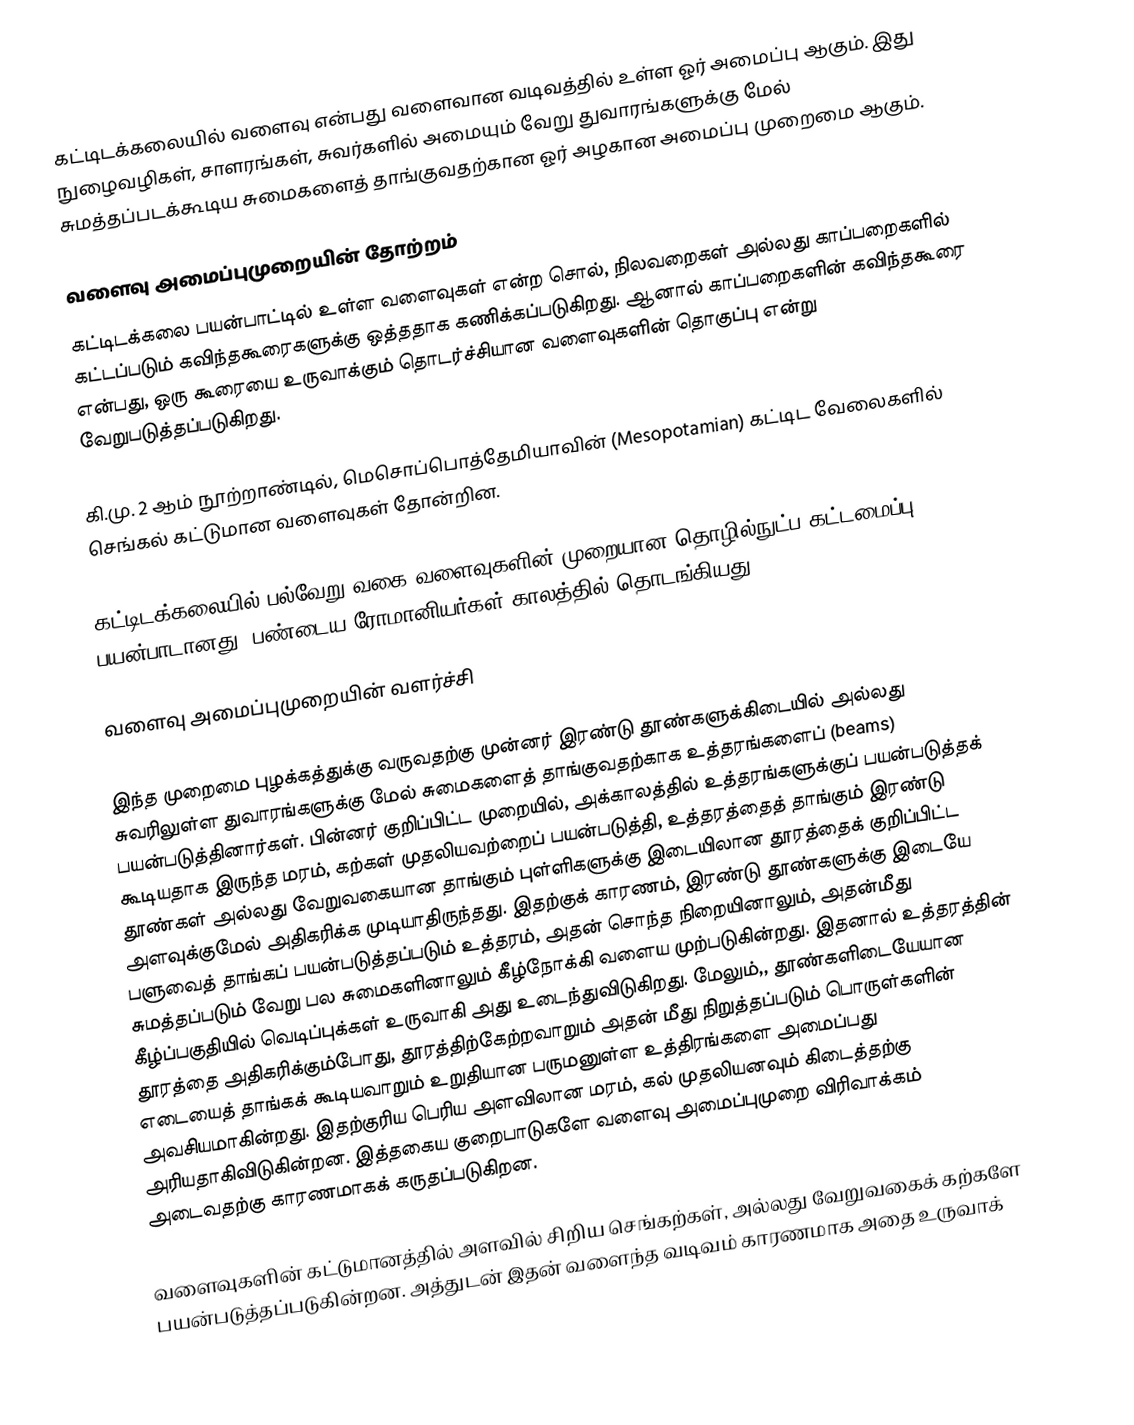
கட்டிடக்கலையில் வளைவு என்பது வளைவான வடிவத்தில் உள்ள ஓர் அமைப்பு ஆகும். இது நுழைவழிகள், சாளரங்கள், சுவர்களில் அமையும் வேறு துவாரங்களுக்கு மேல் சுமத்தப்படக்கூடிய சுமைகளைத் தாங்குவதற்கான ஓர் அழகான அமைப்பு முறைமை ஆகும்.

வளைவு அமைப்புமுறையின் தோற்றம்
கட்டிடக்கலை பயன்பாட்டில் உள்ள வளைவுகள் என்ற சொல், நிலவறைகள் அல்லது காப்பறைகளில் கட்டப்படும் கவிந்தகூரைகளுக்கு ஒத்ததாக கணிக்கப்படுகிறது. ஆனால் காப்பறைகளின் கவிந்தகூரை என்பது, ஒரு கூரையை உருவாக்கும் தொடர்ச்சியான வளைவுகளின் தொகுப்பு என்று வேறுபடுத்தப்படுகிறது.

கி.மு. 2 ஆம் நூற்றாண்டில், மெசொப்பொத்தேமியாவின் (Mesopotamian) கட்டிட வேலைகளில் செங்கல் கட்டுமான வளைவுகள் தோன்றின.

கட்டிடக்கலையில் பல்வேறு வகை வளைவுகளின் முறையான தொழில்நுட்ப கட்டமைப்பு பயன்பாடானது, பண்டைய ரோமானியர்கள் காலத்தில் தொடங்கியது,

வளைவு அமைப்புமுறையின் வளர்ச்சி

இந்த முறைமை புழக்கத்துக்கு வருவதற்கு முன்னர் இரண்டு தூண்களுக்கிடையில் அல்லது சுவரிலுள்ள துவாரங்களுக்கு மேல் சுமைகளைத் தாங்குவதற்காக உத்தரங்களைப் (beams) பயன்படுத்தினார்கள். பின்னர் குறிப்பிட்ட முறையில், அக்காலத்தில் உத்தரங்களுக்குப் பயன்படுத்தக் கூடியதாக இருந்த மரம், கற்கள் முதலியவற்றைப் பயன்படுத்தி, உத்தரத்தைத் தாங்கும் இரண்டு தூண்கள் அல்லது வேறுவகையான தாங்கும் புள்ளிகளுக்கு இடையிலான தூரத்தைக் குறிப்பிட்ட அளவுக்குமேல் அதிகரிக்க முடியாதிருந்தது. இதற்குக் காரணம், இரண்டு தூண்களுக்கு இடையே பளுவைத் தாங்கப் பயன்படுத்தப்படும் உத்தரம், அதன் சொந்த நிறையினாலும், அதன்மீது சுமத்தப்படும் வேறு பல சுமைகளினாலும் கீழ்நோக்கி வளைய முற்படுகின்றது. இதனால் உத்தரத்தின் கீழ்ப்பகுதியில் வெடிப்புக்கள் உருவாகி அது உடைந்துவிடுகிறது. மேலும்,, தூண்களிடையேயான தூரத்தை அதிகரிக்கும்போது, தூரத்திற்கேற்றவாறும் அதன் மீது நிறுத்தப்படும் பொருள்களின் எடையைத் தாங்கக் கூடியவாறும் உறுதியான பருமனுள்ள உத்திரங்களை அமைப்பது அவசியமாகின்றது. இதற்குரிய பெரிய அளவிலான மரம், கல் முதலியனவும் கிடைத்தற்கு அரியதாகிவிடுகின்றன. இத்தகைய குறைபாடுகளே வளைவு அமைப்புமுறை விரிவாக்கம் அடைவதற்கு காரணமாகக் கருதப்படுகிறன.

வளைவுகளின் கட்டுமானத்தில் அளவில் சிறிய செங்கற்கள், அல்லது வேறுவகைக் கற்களே பயன்படுத்தப்படுகின்றன. அத்துடன் இதன் வளைந்த வடிவம் காரணமாக அதை உருவாக்